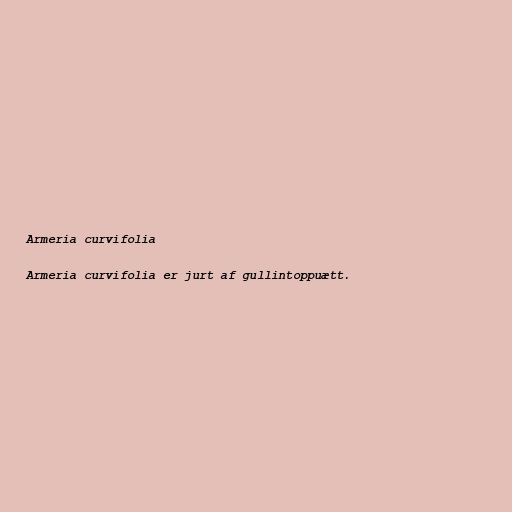
Armeria curvifolia

Armeria curvifolia er jurt af gullintoppuætt.